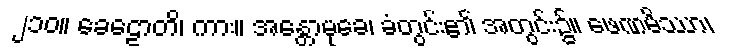
၂၁၀။ ခေဠောတိ၊ ကား။ အန္တောမုခေ၊ ခံတွင်း၏ အတွင်း၌။ ဖေဏမိဿာ၊